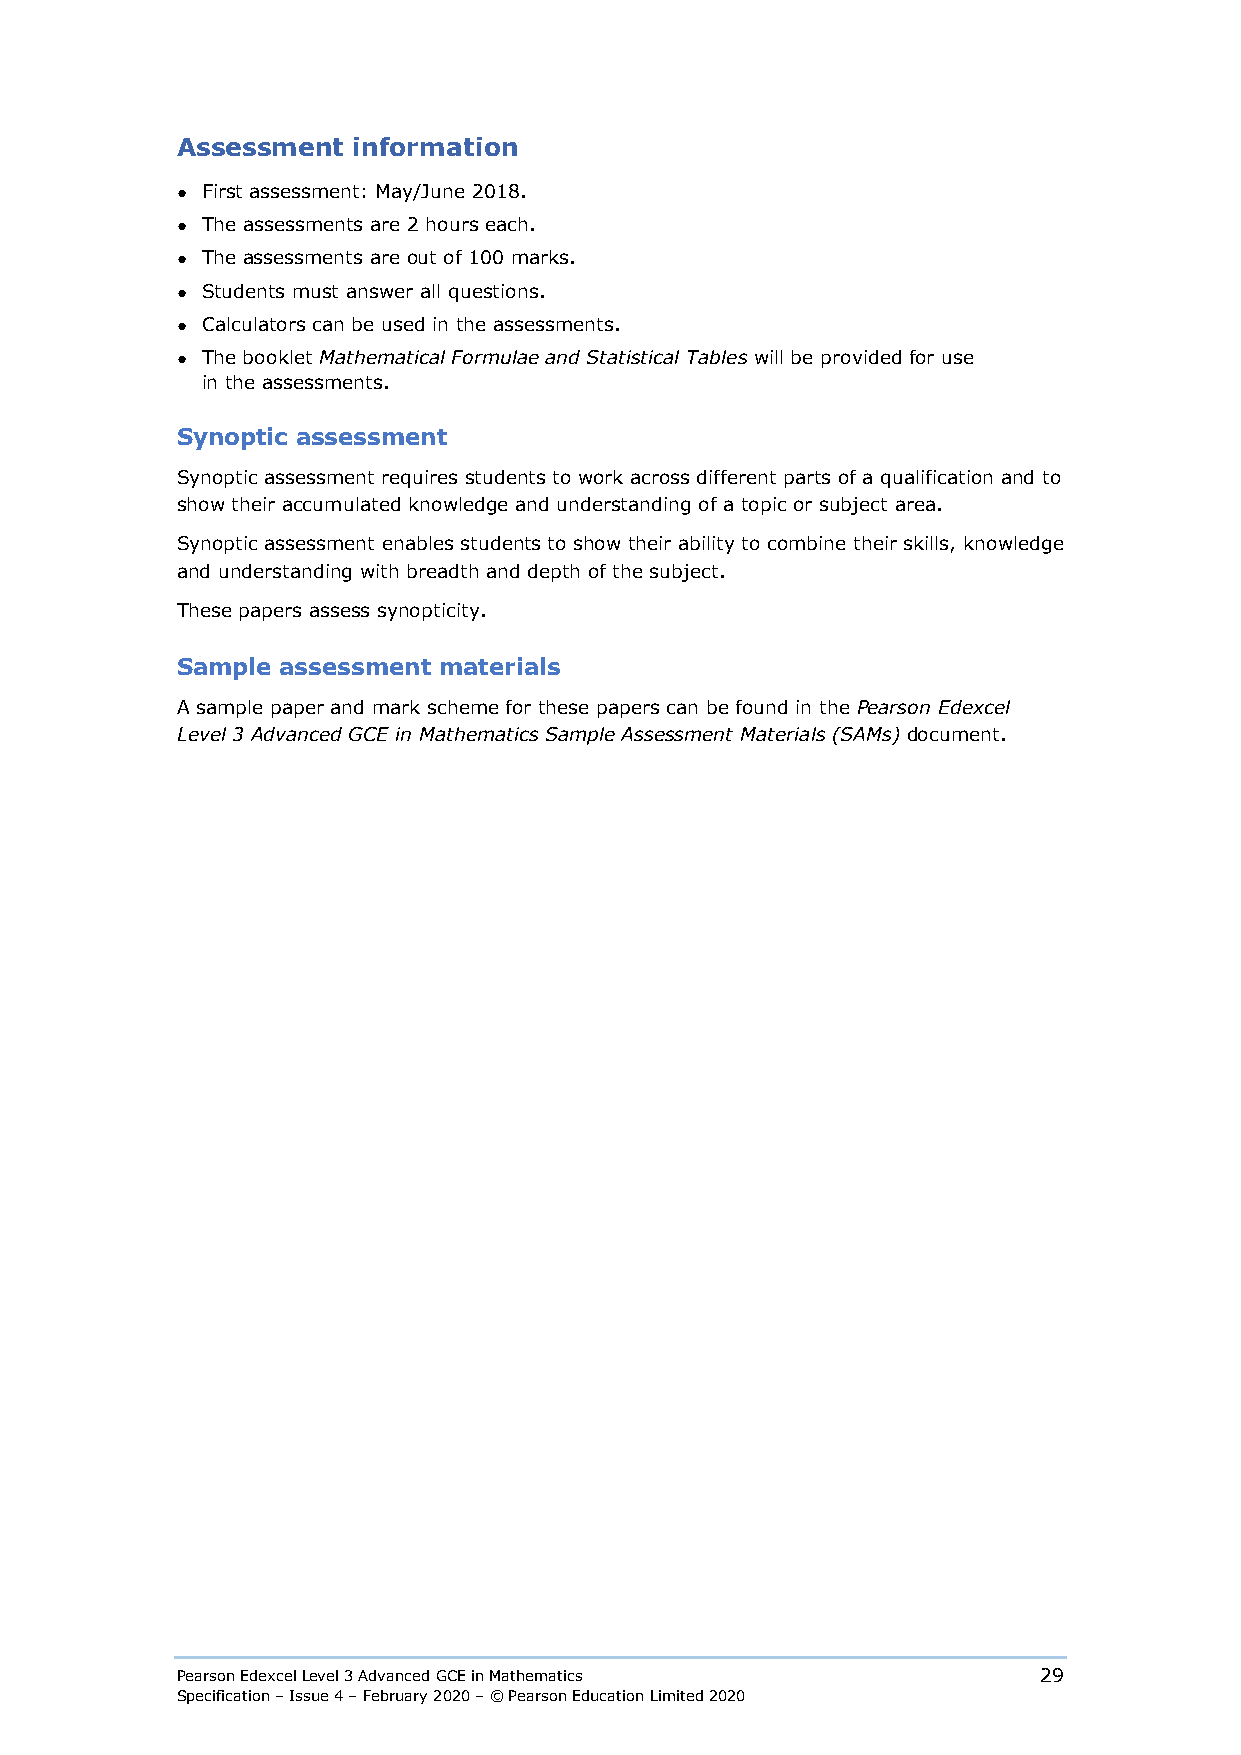
Assessment information
 ● First assessment: May/June 2018.
 ● The assessments are 2 hours each.
 ● The assessments are out of 100 marks.
 ● Students must answer all questions.
 ● Calculators can be used in the assessments.
 ● The booklet Mathematical Formulae and Statistical Tables will be provided for use
 in the assessments.
 Synoptic assessment
 Synoptic assessment requires students to work across different parts of a qualification and to
 show their accumulated knowledge and understanding of a topic or subject area.
 Synoptic assessment enables students to show their ability to combine their skills, knowledge
 and understanding with breadth and depth of the subject.
 These papers assess synopticity.
 Sample assessment materials
 A sample paper and mark scheme for these papers can be found in the Pearson Edexcel
 Level 3 Advanced GCE in Mathematics Sample Assessment Materials (SAMs) document.
 Pearson Edexcel Level 3 Advanced GCE in Mathematics      29
 Specification – Issue 4 – February 2020 – © Pearson Education Limited 2020